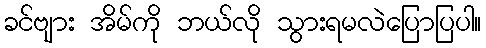
ခင်ဗျား အိမ်ကို ဘယ်လို သွားရမလဲပြောပြပါ။